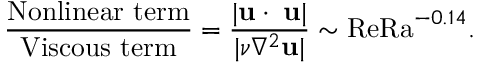
\frac { \mathrm { N o n l i n e a r ~ t e r m } } { \mathrm { V i s c o u s ~ t e r m } } = \frac { \lvert { \bf u \cdot \nabla u } \rvert } { \lvert \nu \nabla ^ { 2 } { \bf u } \rvert } \sim \mathrm { R e } { \mathrm { R a } ^ { - 0 . 1 4 } } .